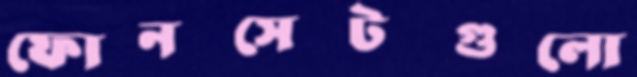
ফোনসেটগুলো